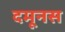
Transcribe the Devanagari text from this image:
दमूनस